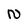
Character: N